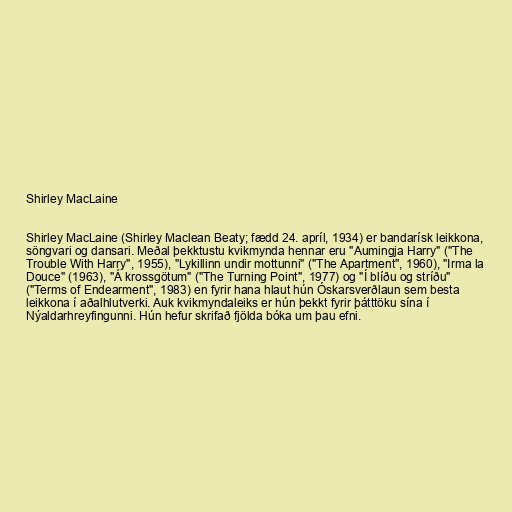
Shirley MacLaine

Shirley MacLaine (Shirley Maclean Beaty; fædd 24. apríl, 1934) er bandarísk leikkona,
söngvari og dansari. Meðal þekktustu kvikmynda hennar eru "Aumingja Harry" ("The
Trouble With Harry", 1955), "Lykillinn undir mottunni" ("The Apartment", 1960), "Irma la
Douce" (1963), "Á krossgötum" ("The Turning Point", 1977) og "Í blíðu og stríðu"
("Terms of Endearment", 1983) en fyrir hana hlaut hún Óskarsverðlaun sem besta
leikkona í aðalhlutverki. Auk kvikmyndaleiks er hún þekkt fyrir þátttöku sína í
Nýaldarhreyfingunni. Hún hefur skrifað fjölda bóka um þau efni.